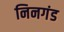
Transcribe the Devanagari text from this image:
निनगंड